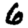
Digit: 6